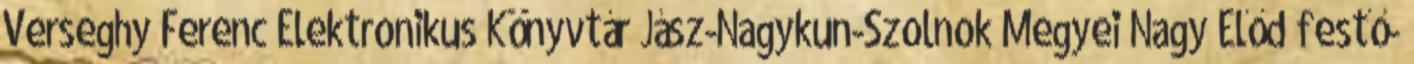
Verseghy Ferenc Elektronikus Könyvtár Jász-Nagykun-Szolnok Megyei Nagy Előd festő-